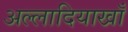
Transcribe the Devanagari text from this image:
अल्लादियाखाँ